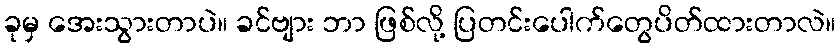
ခုမှ အေးသွားတာပဲ။ ခင်ဗျား ဘာ ဖြစ်လို့ ပြတင်းပေါက်တွေပိတ်ထားတာလဲ။